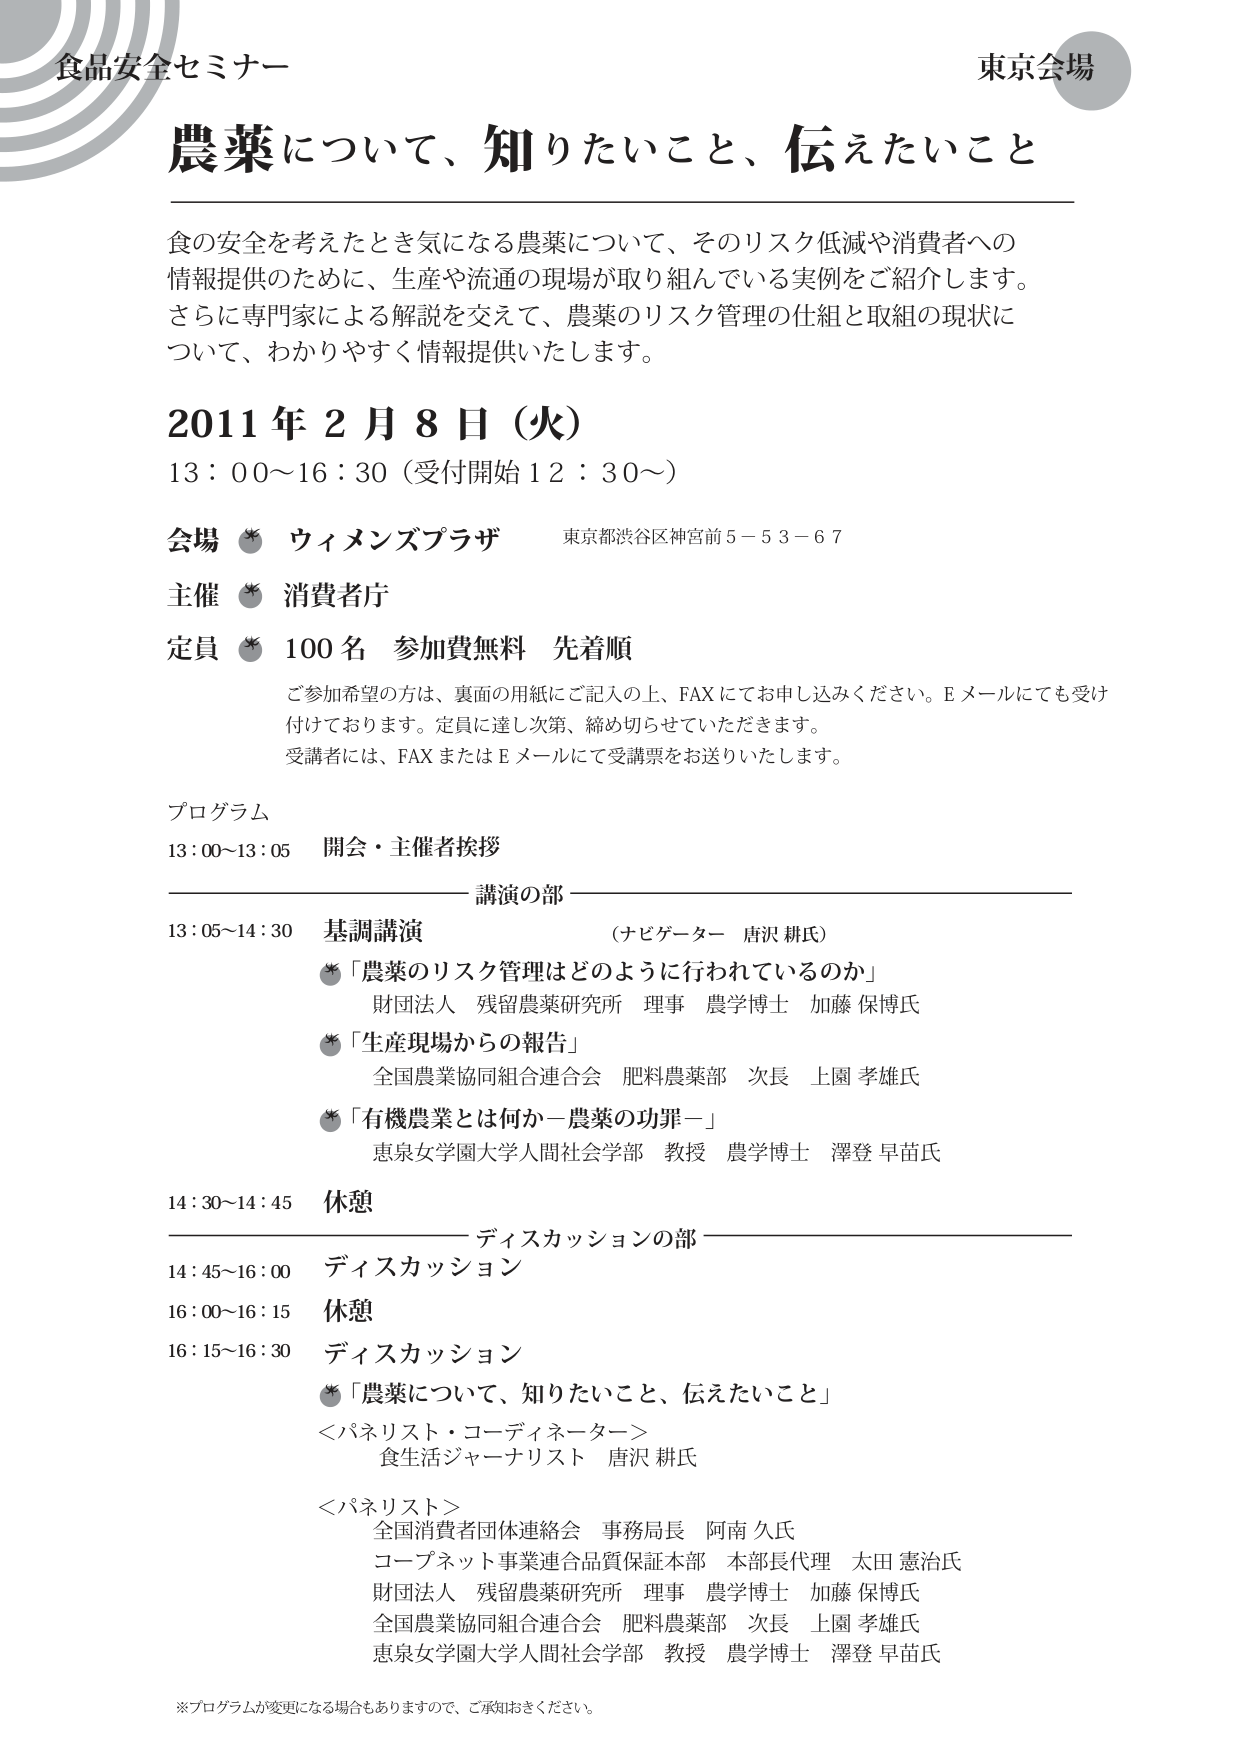
食品安全セミナー
東京会場

農薬について、知りたいこと、伝えたいこと

食の安全を考えたとき気になる農薬について、そのリスク低減や消費者への情報提供のために、生産や流通の現場が取り組んでいる実例をご紹介します。
さらに専門家による解説を交えて、農薬のリスク管理の仕組と取組の現状について、わかりやすく情報提供いたします。

2011年2月8日（火）
13：00～16：30（受付開始12：30～）

会場 ✿ ウィメンズプラザ 東京都渋谷区神宮前5－53－67
主催 ✿ 消費者庁
定員 ✿ 100名 参加費無料 先着順

ご参加希望の方は、裏面の用紙にご記入の上、FAXにてお申し込みください。Eメールにも受け付けております。定員に達し次第、締め切らせていただきます。
受講者には、FAXまたはEメールにて受講票をお送りいたします。

プログラム
13：00～13：05 開会・主催者挨拶

─────────────────────────────────────
講演の部

13：05～14：30 基調講演 （ナビゲーター 唐沢 耕氏）
✿「農薬のリスク管理はどのように行われているのか」
財団法人 残留農薬研究所 理事 農学博士 加藤 保博氏
✿「生産現場からの報告」
全国農業協同組合連合会 肥料農薬部 次長 上園 孝雄氏
✿「有機農業とは何か－農薬の功罪－」
恵泉女学園大学人間社会学部 教授 農学博士 澤登 早苗氏

14：30～14：45 休憩

─────────────────────────────────────
ディスカッションの部

14：45～16：00 ディスカッション
16：00～16：15 休憩
16：15～16：30 ディスカッション
✿「農薬について、知りたいこと、伝えたいこと」
＜パネリスト・コーディネーター＞
食生活ジャーナリスト 唐沢 耕氏
＜パネリスト＞
全国消費者団体連絡会 事務局長 阿南 久氏
コープネット事業連合品質保証本部 本部長代理 太田 憲治氏
財団法人 残留農薬研究所 理事 農学博士 加藤 保博氏
全国農業協同組合連合会 肥料農薬部 次長 上園 孝雄氏
恵泉女学園大学人間社会学部 教授 農学博士 澤登 早苗氏

※プログラムが変更になる場合もありますので、ご承知おきください。